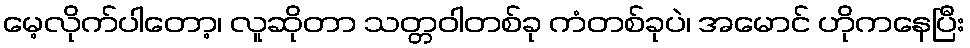
မေ့လိုက်ပါတော့၊ လူဆိုတာ သတ္တဝါတစ်ခု ကံတစ်ခုပဲ၊ အမောင် ဟိုကနေပြီး